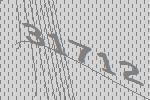
31712